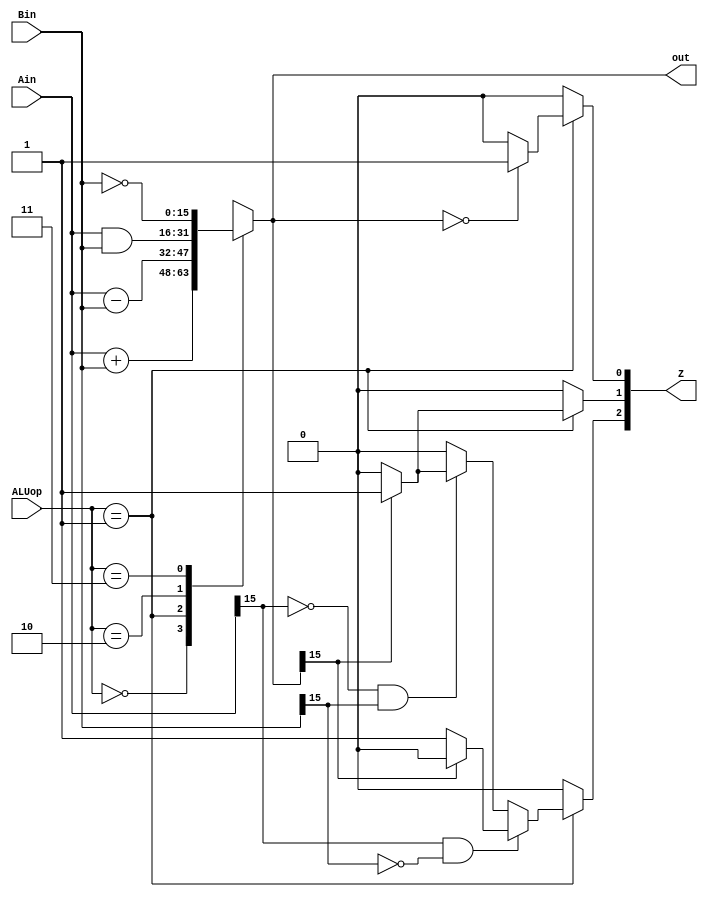

module ALU(Ain,Bin,ALUop,out,Z);
input [15:0] Ain, Bin;
input [1:0] ALUop;
output [15:0] out;
output[2:0] Z;

reg [15:0] out;
reg [2:0]Z;

always@(*)begin

case (ALUop)//operation decided by the input of ALU

2'b00:  out = Ain + Bin; //ALU = 00// Adds A and B
2'b01:  out = Ain - Bin; //ALU = 01// Subtracts B from A
2'b10:  out = Ain & Bin; //ALU = 10// ANDs A and B
2'b11:  out = ~Bin;     //ALU = 11// NOTs B

default: out = 16'bx;
endcase


if (ALUop == 2'b01) begin
	
	if(out == 16'b0000000000000000)begin
	Z[0]=1'b1;
	end else begin 
	Z[0] = 1'b0;
	end

	if(out[15]==1'b1)begin
	Z[1] = 1'b1;
	end else begin 
	Z[1] = 1'b0;
	end


	 if (Ain[15] == 1'b1 && Bin[15] == 1'b0) begin
		if ( out[15] == 1'b0) begin 
			Z[2] = 1'b1; 
		end else begin  
			Z[2] = 1'b0;
		end
	end else if (Ain[15] == 1'b0 && Bin[15] == 1'b1) begin
		if ( out[15] == 1'b1) begin 
			Z[2] = 1'b1; 
		end else begin  
			Z[2] = 1'b0;
		end
	end else begin  
			Z[2] = 1'b0;
	end

end else begin 
	Z = 3'b000;
	end

end

endmodule



module ALU_tb ; 
reg err;
reg [15:0] Ain, Bin;
reg [1:0] ALUop;
wire [2:0] Z;

wire [15:0] out;

ALU DUT(Ain,Bin,ALUop,out,Z);

initial begin
ALUop = 2'b01;
Ain = 16'd2;
Bin = 16'd5;

#10;

Ain = 16'd5;
Bin = 16'd2;

#10;

Ain = 16'd5;
Bin = 16'd5;

#10;

Ain = 16'b1000000000000000;
Bin = 16'b0000000000000001;
#10;

end

endmodule